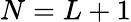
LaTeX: N=L+1